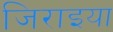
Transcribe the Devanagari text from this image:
जिराइया